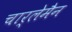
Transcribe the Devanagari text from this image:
चार्लेमैन